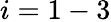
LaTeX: i=1-3